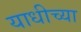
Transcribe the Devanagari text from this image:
याधीच्या